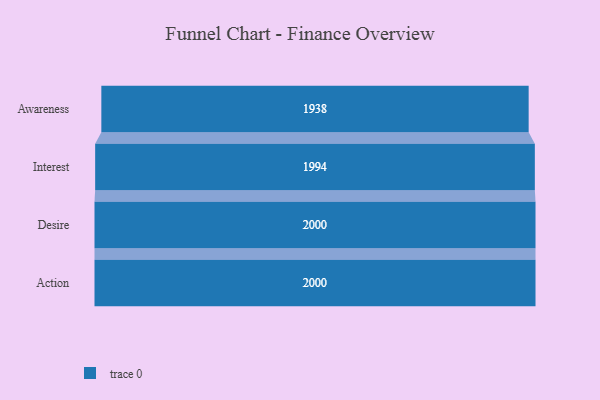
{"axis": {"x": "Stage", "y": "Value"}, "legend": [""], "data": [{"x": "Awareness", "y": 1938.0, "type": ""}, {"x": "Interest", "y": 1994.0, "type": ""}, {"x": "Desire", "y": 2000, "type": ""}, {"x": "Action", "y": 2000, "type": ""}]}